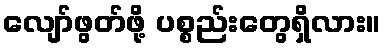
လျော်ဖွတ်ဖို့ ပစ္စည်းတွေရှိလား။